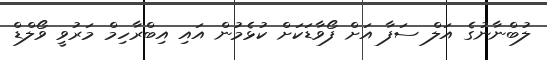
ލުބްނާނުގެ އަލް ސަފާ އަށް ފޯވާޑަކަށް ކުޅެމުން އައި އިބްރާހިމް މަރުވީ ވޯލްޑް